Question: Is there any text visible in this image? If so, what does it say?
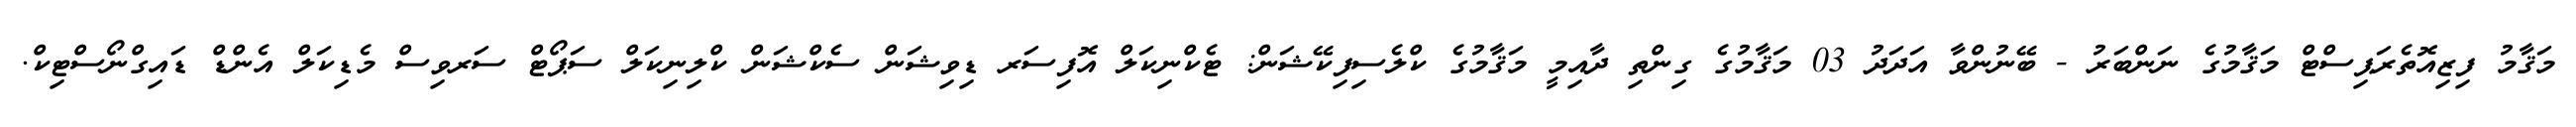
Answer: މަޤާމު ފިޒިއޮތެރަޕިސްޓް މަޤާމުގެ ނަންބަރު - ބޭނުންވާ އަދަދު 03 މަޤާމުގެ ގިންތި ދާއިމީ މަޤާމުގެ ކްލެސިފިކޭޝަން: ޓެކްނިކަލް އޮފިސަރ ޑިވިޝަން ސެކްޝަން ކްލިނިކަލް ސަޕޯޓް ސަރވިސް މެޑިކަލް އެންޑް ޑައިގްނޯސްޓިކް.